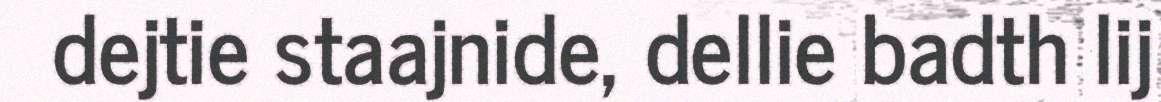
dejtie staajnide, dellie badth lij